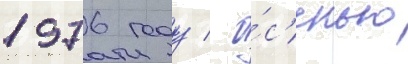
1976 году / о́с'енью